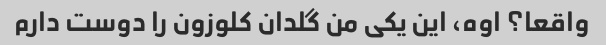
واقعا؟ اوه، این یکی من گلدان کلوزون را دوست دارم